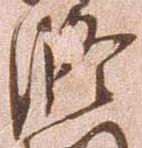
修